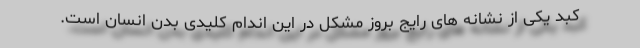
کبد یکی از نشانه های رایج بروز مشکل در این اندام کلیدی بدن انسان است.